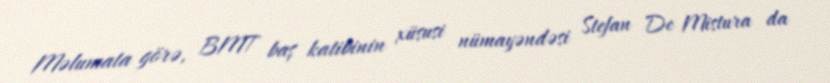
Məlumata görə, BMT baş katibinin xüsusi nümayəndəsi Stefan De Mistura da